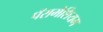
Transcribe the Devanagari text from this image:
पॅरामेशियम